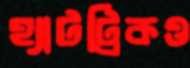
হ্যাটট্রিকও